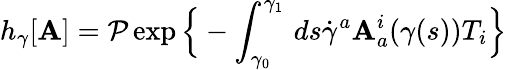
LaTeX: h_{\gamma}[\mathbf{A}]={\mathcal{{P}}}\exp{\Big\{ }-\int_{\gamma_{0}}^{\gamma_{1}}\, ds{\dot{{\gamma}}}^{a}\mathbf{A}_{a}^{i}(\gamma(s))T_{i}{\Big\} }